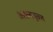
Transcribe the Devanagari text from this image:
आशययुक्‍त